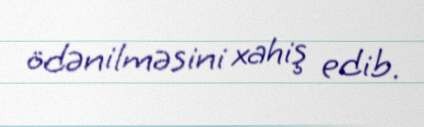
ödənilməsini xahiş edib.